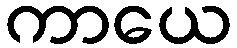
ကာယေ